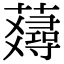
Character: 𧂇